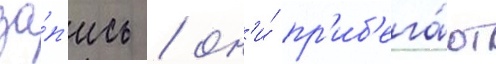
за́п'ись / он'и́ пр'иб'ега́ют